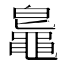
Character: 𪓨